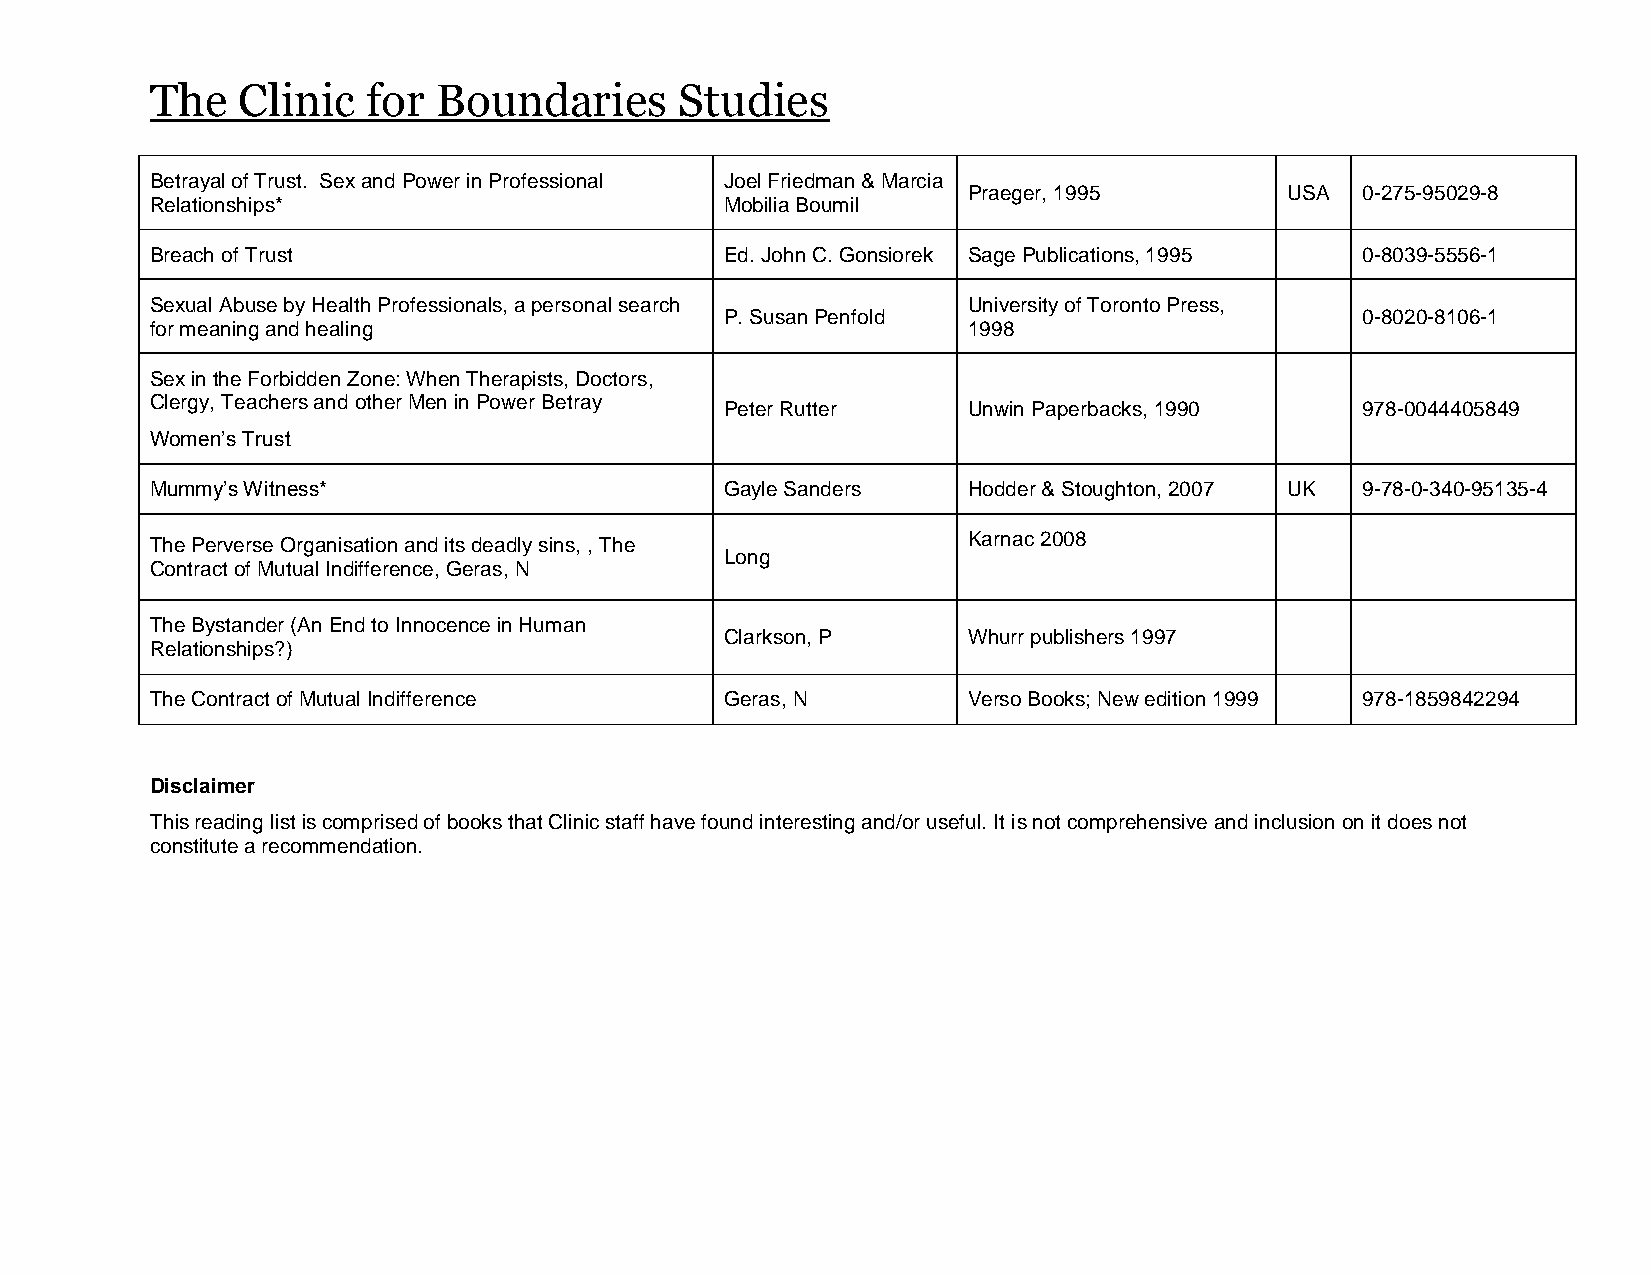
The   Clinic  for  Boundaries      Studies
 Betrayal of Trust. Sex and Power in Professional Joel Friedman & Marcia
 Praeger, 1995        USA  0-275-95029-8
 Relationships*                        Mobilia Boumil
 Breach of Trust                       Ed. John C. Gonsiorek Sage Publications, 1995 0-8039-5556-1
 Sexual Abuse by Health Professionals, a personal search University of Toronto Press,
 P. Susan Penfold                          0-8020-8106-1
 for meaning and healing                               1998
 Sex in the Forbidden Zone: When Therapists, Doctors,
 Clergy, Teachers and other Men in Power Betray Peter Rutter Unwin Paperbacks, 1990 978-0044405849
 Women’s Trust
 Mummy’s Witness*                      Gayle Sanders   Hodder & Stoughton, 2007 UK 9-78-0-340-95135-4
 The Perverse Organisation and its deadly sins, , The  Karnac 2008
 Long
 Contract of Mutual Indifference, Geras, N
 The Bystander (An End to Innocence in Human
 Clarkson, P     Whurr publishers 1997
 Relationships?)
 The Contract of Mutual Indifference   Geras, N        Verso Books; New edition 1999 978-1859842294
 Disclaimer
 This reading list is comprised of books that Clinic staff have found interesting and/or useful. It is not comprehensive and inclusion on it does not
 constitute a recommendation.